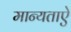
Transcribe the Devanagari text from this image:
मान्यताऐ